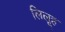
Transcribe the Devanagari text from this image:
लिलूह